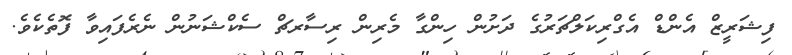
ފިޝަރީޒް އެންޑް އެގްރިކަލްޗަރުގެ ދަށުން ހިންގާ މެރިން ރިސާރޗް ސެކްޝަނުން ނެރެފަައިވާ ފޮތެކެވެ.